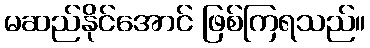
မဆည်နိုင်အောင် ဖြစ်ကြရသည်။